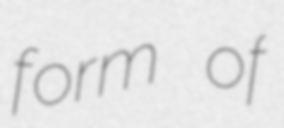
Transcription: form of